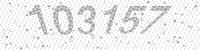
Solution: 103157